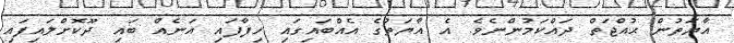
އާޔަތުން ޙުއްޖަތް ދައްކަމުންނެވެ. އެ އާޔަތުގެ އެއްބައިގައި ހިފާފައި އަނެެއް ބައި ދޫކޮށްލައިފައި